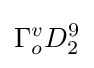
\Gamma _{o}^{v}D_{2}^{9}